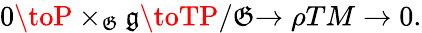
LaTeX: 0\toP\times_{\mathfrak{G}}{\mathfrak{{g}}}\toTP/\mathfrak{G}{\xrightarrow{}{{\rho}}}TM\to0.